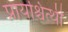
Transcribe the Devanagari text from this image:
प्रायश्चित्थी